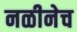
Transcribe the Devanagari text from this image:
नळीनेच